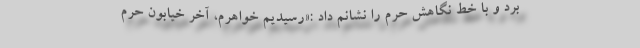
بُرد و با خط نگاهش حرم را نشانم داد :«رسیدیم خواهرم، آخر خیابون حرم